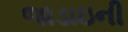
જાડાઇની